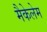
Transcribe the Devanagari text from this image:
मैकेलेम